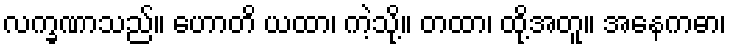
လက္ခဏာသည်။ ဟောတိ ယထာ၊ ကဲ့သို့။ တထာ၊ ထို့အတူ။ အနေကဓာ၊